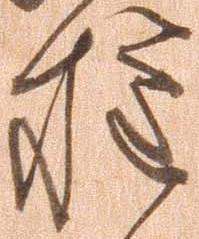
権